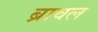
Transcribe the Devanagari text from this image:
ब्रावल